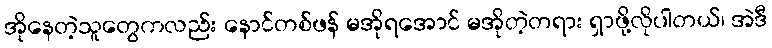
အိုနေတဲ့သူတွေကလည်း နောင်တစ်ဖန် မအိုရအောင် မအိုတဲ့တရား ရှာဖို့လိုပါတယ်၊ အဲဒီ